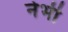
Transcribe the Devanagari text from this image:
नेभी